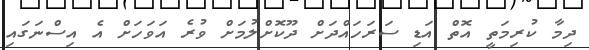
ދިމާ ކުރިމަތީ އޮތް އަޑި ސަރަހައްދަށް ދޫކޮށްލުމަށް ވުރެ އަވަހަށް އެ އިސްނަގައި